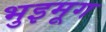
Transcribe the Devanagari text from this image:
भुइमूग